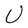
Character: U